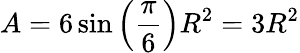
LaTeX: A=6\sin\left({\frac{\pi}{6}}\right)R^{2}=3R^{2}